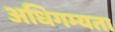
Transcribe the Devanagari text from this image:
अधिगम्यता